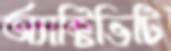
অ্যাক্টিভিটি